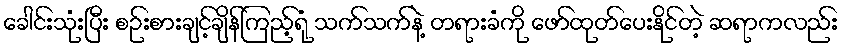
ခေါင်းသုံးပြီး စဉ်းစားချင့်ချိန်ကြည့်ရုံ သက်သက်နဲ့ တရားခံကို ဖော်ထုတ်ပေးနိုင်တဲ့ ဆရာကလည်း